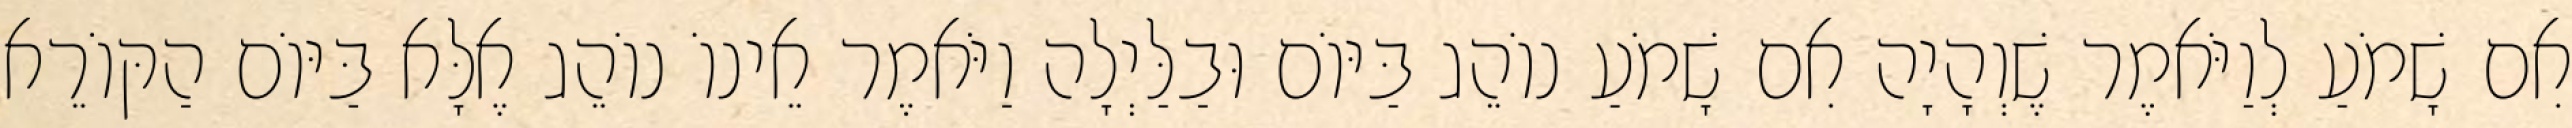
אִם שָׁמֹעַ לְוַיֹּאמֶר שֶׁוְהָיָה אִם שָׁמֹעַ נוֹהֵג בַּיּוֹם וּבַלַּיְלָה וַיֹּאמֶר אֵינוֹ נוֹהֵג אֶלָּא בַּיּוֹם הַקּוֹרֵא